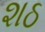
શઠ